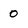
Character: 0